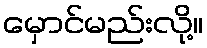
မှောင်မည်းလို့။